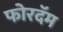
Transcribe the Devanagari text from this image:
फोरदॅम